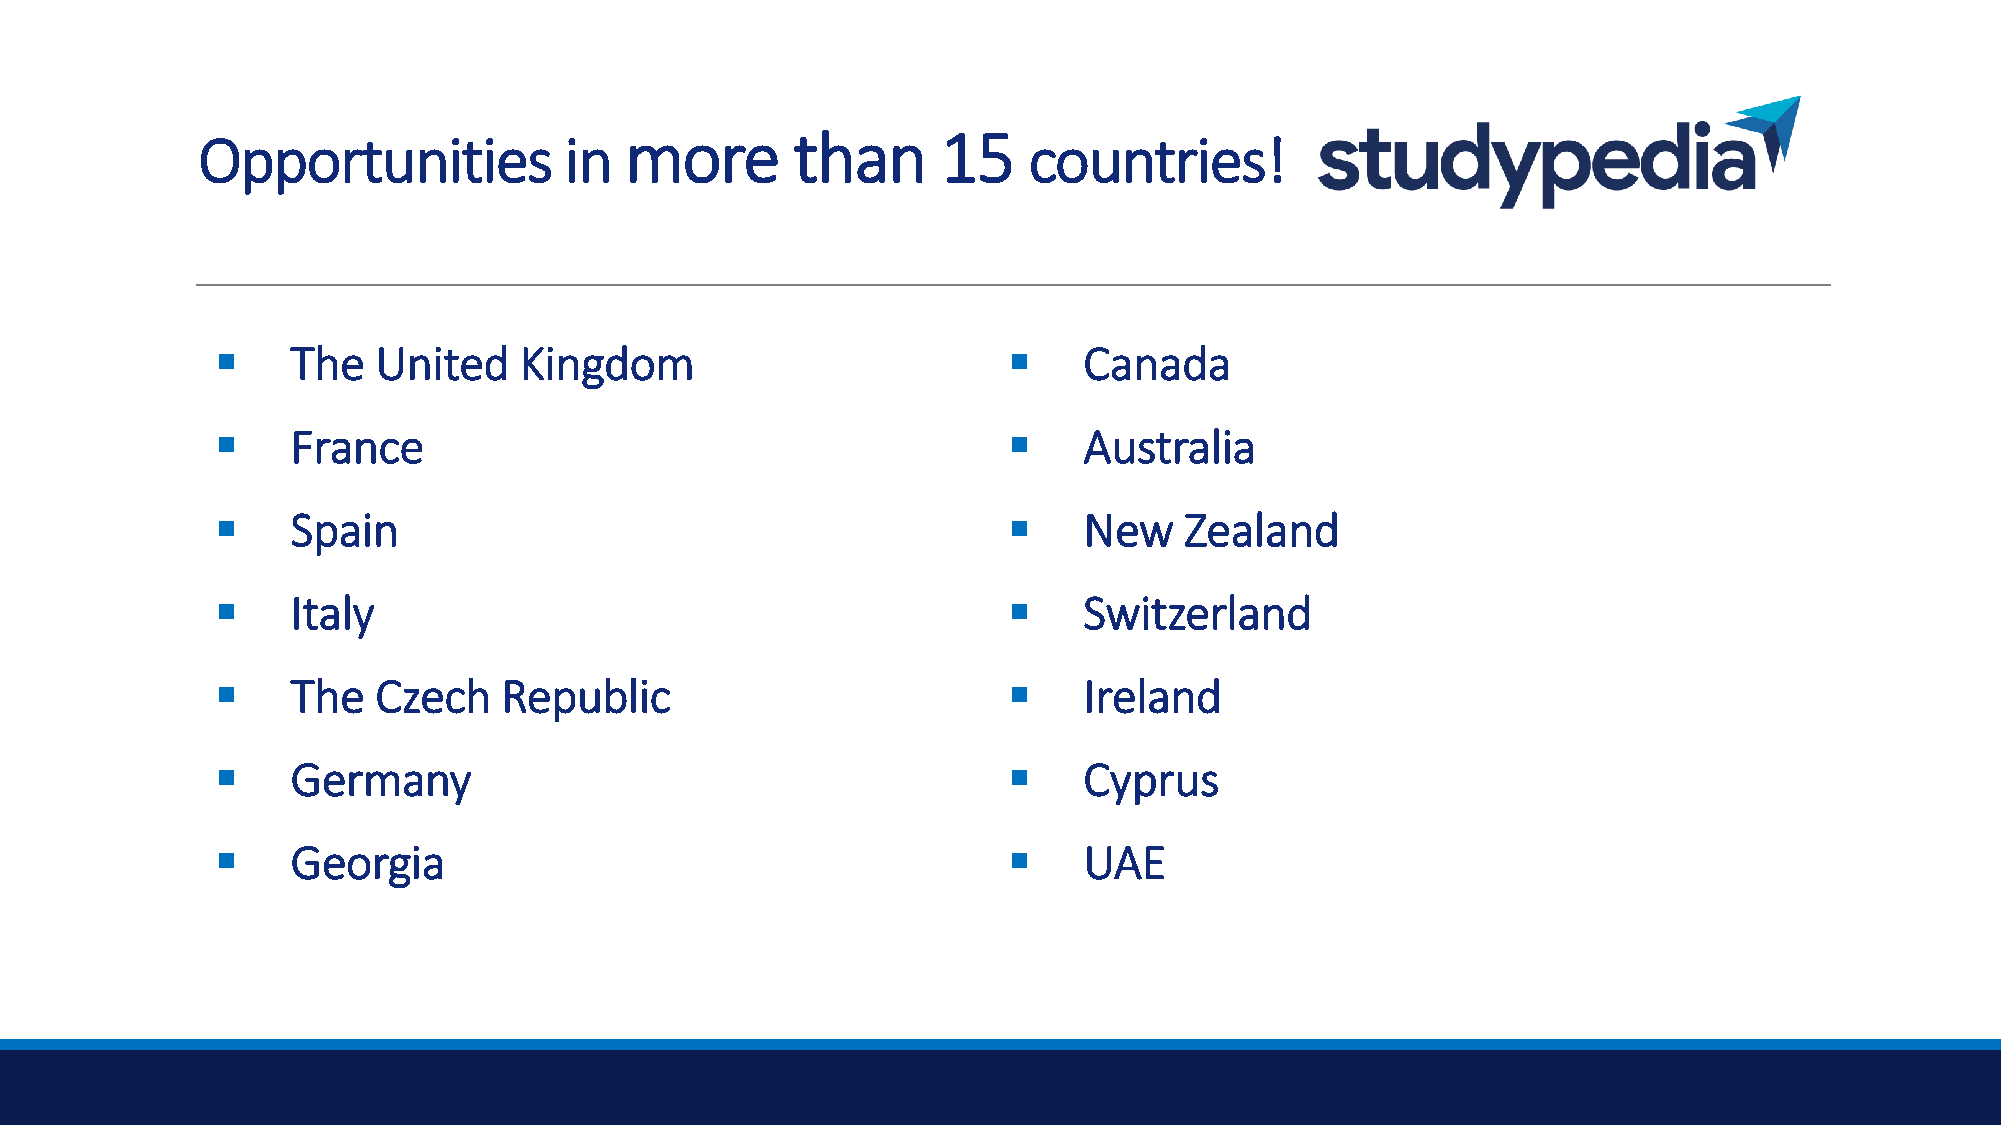
Opportunities           in  more        than     15    countries!
 ▪    The   United   Kingdom                          ▪    Canada
 ▪    France                                          ▪    Australia
 ▪    Spain                                           ▪    New   Zealand
 ▪    Italy                                           ▪    Switzerland
 ▪    The   Czech   Republic                          ▪    Ireland
 ▪    Germany                                         ▪    Cyprus
 ▪    Georgia                                         ▪    UAE